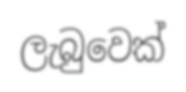
ලැබුවෙක්